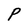
Character: P